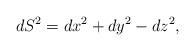
LaTeX: \begin{align*}dS^{2}=dx^{2}+dy^{2}-dz^{2},\end{align*}